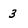
Character: 3